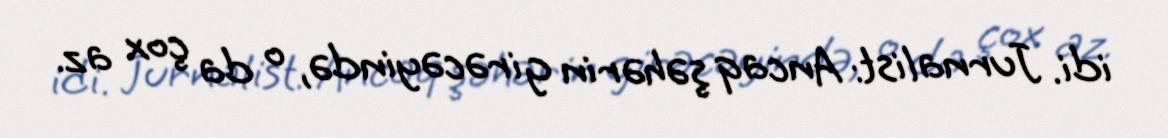
idi. Jurnalist: Ancaq şəhərin girəcəyində, o da çox az.